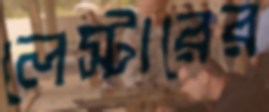
লেস্টারের